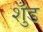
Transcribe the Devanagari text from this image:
शुँड